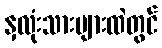
နှလုံးသားများထဲတွင်